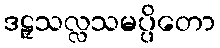
ဒဠှသလ္လသမပ္ပိတော